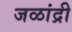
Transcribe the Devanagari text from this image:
जळांद्री